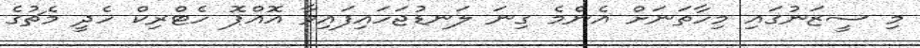
މި ސީޒަނުގައިި މިހާތަނަށް އެންމެ ގިނަ ލަނޑުޖަހައިފައިވާ އޮއްޕޮ ހެޓްރިކް ހެދީ މެޗުގެ